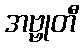
အဗ္ဗုတီ